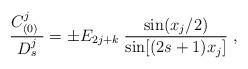
LaTeX: \begin{align*}{C^j_{(0)}\; \over D^j_s} = \pm E_{2j+k}\; {{\rm sin}{(x_j/ 2)}\over{\rm sin}{[(2s+1) x_j}]}\ ,\end{align*}